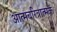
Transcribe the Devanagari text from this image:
अात्मचरित्रात्मक